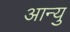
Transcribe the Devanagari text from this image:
आन्यु